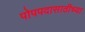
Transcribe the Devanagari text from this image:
पोपपदासाठीच्या